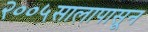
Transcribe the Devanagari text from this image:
२००५सालापासून